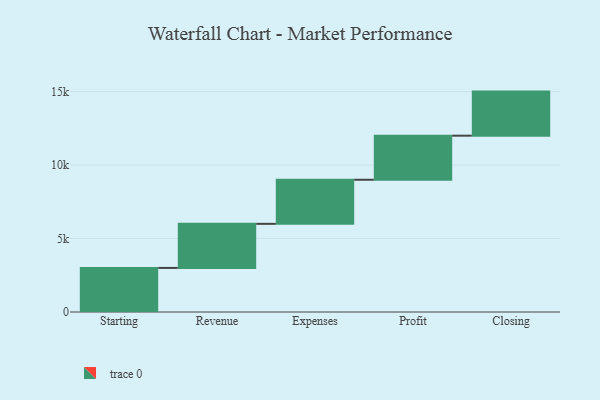
{"axis": {"x": "Step", "y": "Value"}, "legend": [""], "data": [{"x": "Starting", "y": 3000, "type": ""}, {"x": "Revenue", "y": 3000, "type": ""}, {"x": "Expenses", "y": 3000, "type": ""}, {"x": "Profit", "y": 3000, "type": ""}, {"x": "Closing", "y": 3000, "type": ""}]}